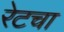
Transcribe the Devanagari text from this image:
रेटचा